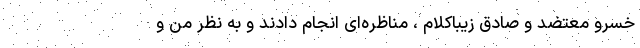
خسرو معتضد و صادق زیبا‌کلام ، مناظره‌ای انجام دادند و به نظر من و